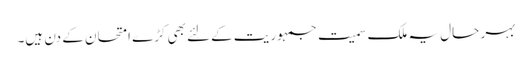
بہر حال یہ ملک سمیت جمہوریت کےلئے بھی کڑے امتحان کے دن ہیں۔